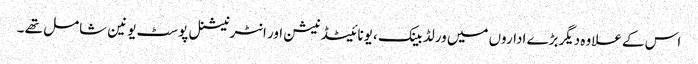
اس کے علاوہ دیگربڑے اداروں میں ورلڈ بینک ، یونائیٹڈ نیشن اور انٹرنیشنل پوسٹ یونین شامل تھے ۔